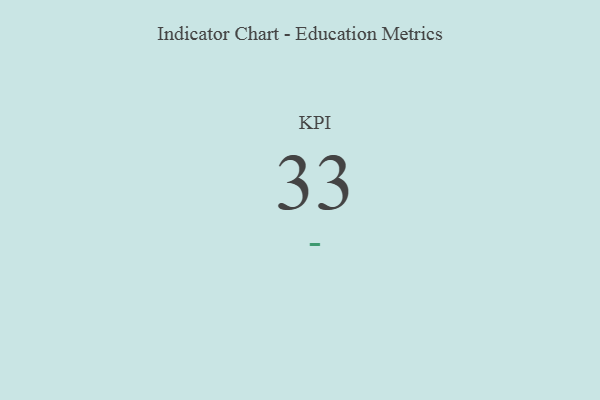
{"axis": {"x": "KPI", "y": "Value"}, "legend": [""], "data": [{"x": "KPI", "y": 33, "type": ""}]}